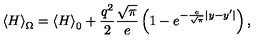
\left\langle H \right\rangle _ { \Omega } = \left\langle H \right\rangle _ { 0 } + \frac { { q ^ { 2 } } } { 2 } \frac { { \sqrt \pi } } { e } \left( { 1 - e ^ { - \frac { e } { { \sqrt \pi } } | y - y ^ { \prime } | } } \right) ,